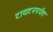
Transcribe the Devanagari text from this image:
टायटनपर्यंत